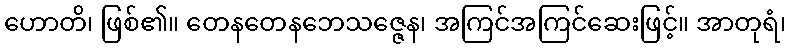
ဟောတိ၊ ဖြစ်၏။ တေနတေနဘေသဇ္ဇေန၊ အကြင်အကြင်ဆေးဖြင့်။ အာတုရံ၊